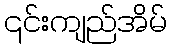
၎င်းကျည်အိမ်